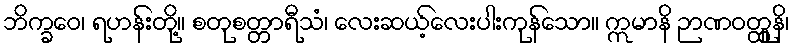
ဘိက္ခဝေ၊ ရဟန်းတို့။ စတုစတ္တာရီသံ၊ လေးဆယ့်လေးပါးကုန်သော။ ဣမာနိ ဉာဏဝတ္ထူနိ၊